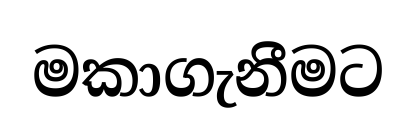
මකාගැනීමට